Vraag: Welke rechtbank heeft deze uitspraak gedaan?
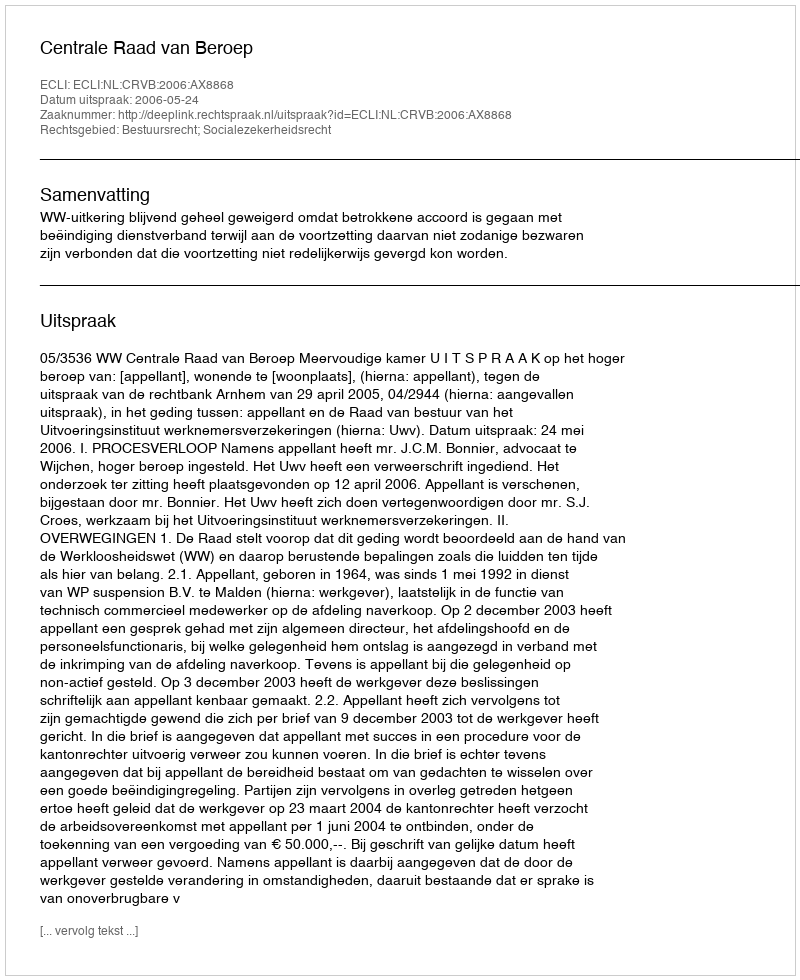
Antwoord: Centrale Raad van Beroep